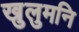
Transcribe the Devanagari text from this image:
खुलुमनि